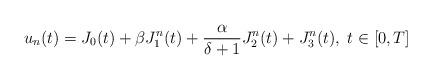
LaTeX: \begin{align*}u_n(t)=J_0(t)+\beta J_1^n(t)+\frac{\alpha}{\delta+1} J_2^n(t)+J_3^n(t), \; t\in[0,T]\end{align*}